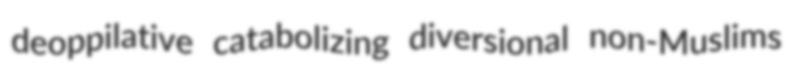
deoppilative catabolizing diversional non-Muslims